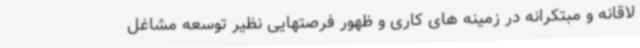
لاقانه و مبتکرانه در زمینه های کاری و ظهور فرصتهایی نظیر توسعه مشاغل